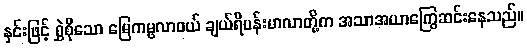
နှင်းဖြင့် ရွှဲစိုသော မြေကမ္ဗလာဝယ် ချယ်ရီပန်းမာလာတို့က အသာအယာကြွေဆင်းနေသည်။